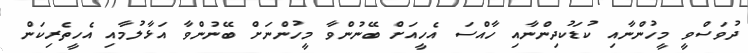
ދުވަސްވީ މީހުންނާއި ކުޑަކުދިންނާއި ހާއްސަ އެހީއަށް ބޭނުންވާ މީހުންނަށް ބޭނުންވާ އަޅާލުމާއި އެހީތެރިކަން